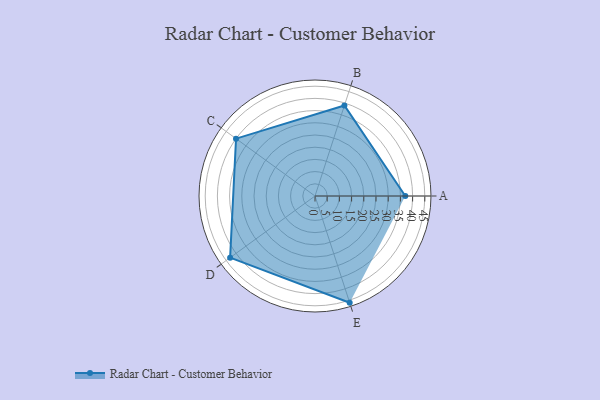
{"axis": {"x": "Skill", "y": "Score"}, "legend": ["Profile"], "data": [{"x": "A", "y": 37.0, "type": "Profile"}, {"x": "B", "y": 39.0, "type": "Profile"}, {"x": "C", "y": 40.0, "type": "Profile"}, {"x": "D", "y": 43.0, "type": "Profile"}, {"x": "E", "y": 46.0, "type": "Profile"}]}